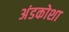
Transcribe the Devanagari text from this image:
अंडकोशा